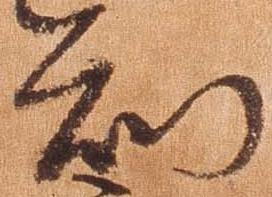
知